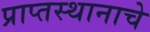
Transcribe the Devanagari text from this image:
प्राप्तस्थानाचे